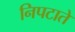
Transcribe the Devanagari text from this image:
निपटाते